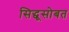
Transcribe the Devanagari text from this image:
सिद्धूसोबत